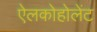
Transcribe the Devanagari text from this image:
ऐलकोहोलेंट